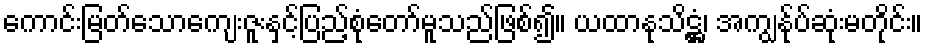
ကောင်းမြတ်သောကျေးဇူးနှင့်ပြည့်စုံတော်မူသည်ဖြစ်၍။ ယထာနုသိဋ္ဌံ၊ အကျွန်ုပ်ဆုံးမတိုင်း။